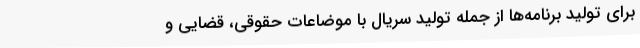
برای تولید برنامه‌ها از جمله تولید سریال با موضاعات حقوقی، قضایی و